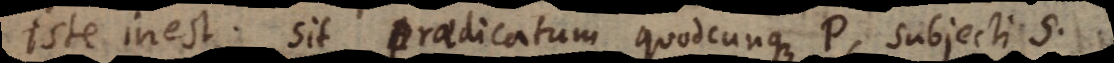
iste inest. Sit praedicatum quodcunque P, subjecti S,